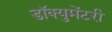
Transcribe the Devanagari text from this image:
डॉक्‍युमेंटरी